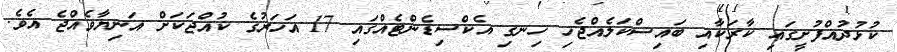
ކުޅުދުއްފުށީގައި ކާރަކާއި ބައިސްކަލެއްޖެހި ހިނގި އެކްސިޑެންޓެއްގައި 17 އަހަރުގެ ކުއްޖަކަށް އަނިޔާވެއްޖެ އެވެ.